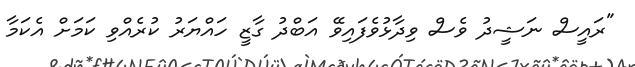
"ރައީސް ނަޝީދު ވެސް ވިދާޅުވެފައިވޭ އަބްދު ގާޒީ ހައްޔަރު ކުރެއްވި ކަމަށް އެކަމާ